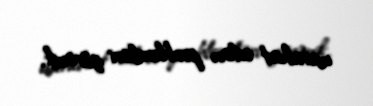
narahat edən problemləri görərik.